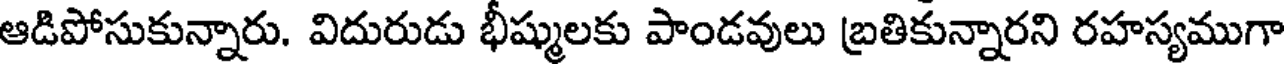
ఆడిపోసుకున్నారు. విదురుడు భీష్ములకు పాండవులు బ్రతికున్నారని రహస్యముగా